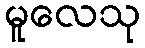
မူလေသု